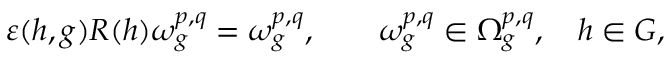
\varepsilon ( h , g ) R ( h ) \omega _ { g } ^ { p , q } = \omega _ { g } ^ { p , q } , \qquad \omega _ { g } ^ { p , q } \in \Omega _ { g } ^ { p , q } , \quad h \in G ,